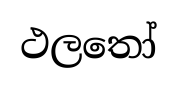
ථලතෝ